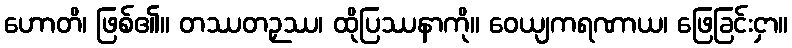
ဟောတိ၊ ဖြစ်၏။ တဿတဉှဿ၊ ထိုပြဿနာကို။ ဝေယျကရဏာယ၊ ဖြေခြင်းငှာ။